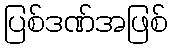
ပြစ်ဒဏ်အဖြစ်